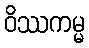
ဝိဿကမ္မ